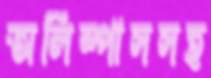
অলিম্পাসসহ